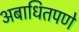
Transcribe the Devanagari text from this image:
अबाधितपणे